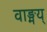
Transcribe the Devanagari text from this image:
वाङ्मय्